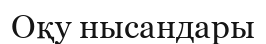
Оқу нысандары